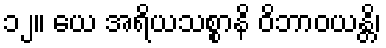
၁၂။ ယေ အရိယသစ္စာနိ ဝိဘာဝယန္တိ၊